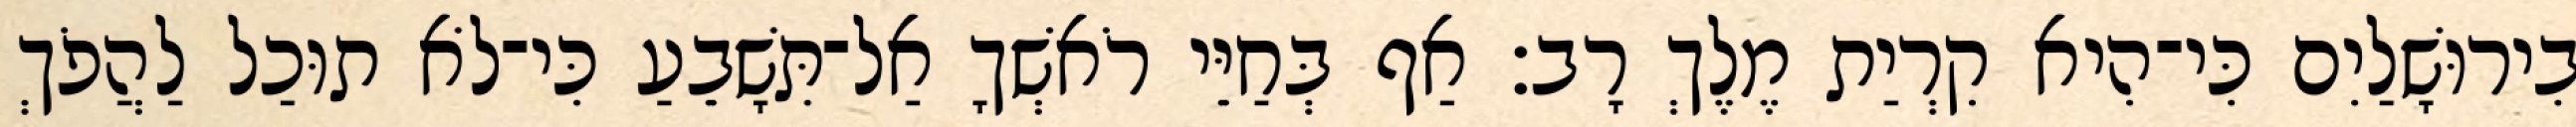
בִירוּשָׁלַיִם כִּי־הִיא קִרְיַת מֶלֶךְ רָב׃ אַף בְּחַיֵּי רֹאשְׁךָ אַל־תִּשָׁבֵעַ כִּי־לֹא תוּכַל לַהֲפֹךְ